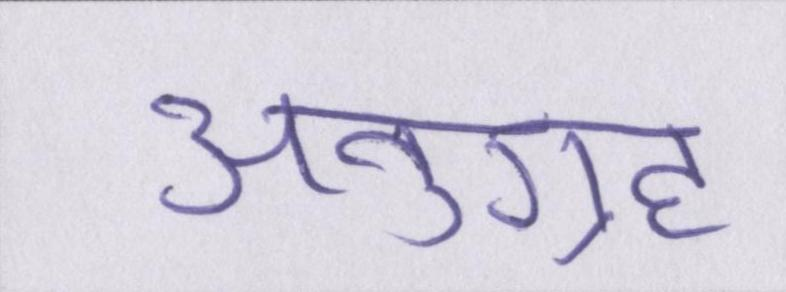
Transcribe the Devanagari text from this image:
अनुग्रह